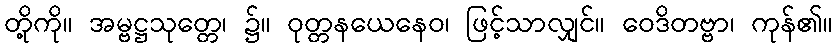
တို့ကို။ အမ္ဗဋ္ဌသုတ္တေ၊ ၌။ ဝုတ္တနယေနေဝ၊ ဖြင့်သာလျှင်။ ဝေဒိတဗ္ဗာ၊ ကုန်၏။